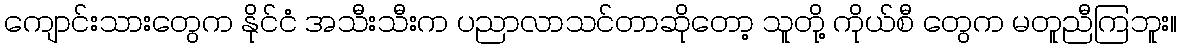
ကျောင်းသားတွေက နိုင်ငံ အသီးသီးက ပညာလာသင်တာဆိုတော့ သူတို့ ကိုယ်စီ တွေက မတူညီကြဘူး။